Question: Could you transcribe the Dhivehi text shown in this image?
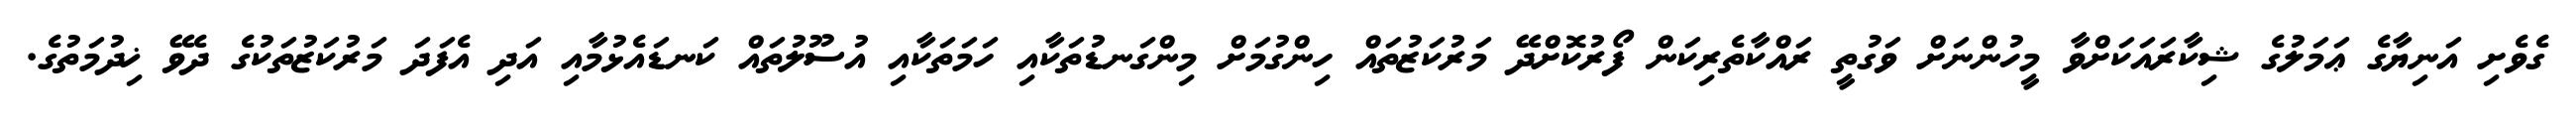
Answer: ގެވެށި އަނިޔާގެ ޢަމަލުގެ ޝިކާރައަކަށްވާ މީހުންނަށް ވަގުތީ ރައްކާތެރިކަން ފޯރުކޮށްދޭ މަރުކަޒުތައް ހިންގުމަށް މިންގަނޑުތަކާއި ހަމަތަކާއި އުސޫލުތައް ކަނޑައެޅުމާއި އަދި އެފަދަ މަރުކަޒުތަކުގެ ދެވޭ ޚިދުމަތުގެ.